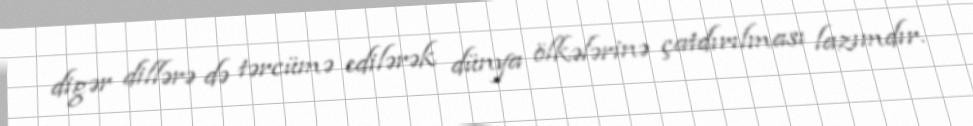
digər dillərə də tərcümə edilərək dünya ölkələrinə çatdırılması lazımdır.